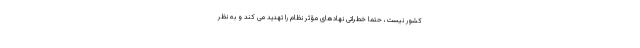
کشور نیست، حتما خطراتی نهادهای مؤثر نظام را تهدید می کند و به نظر